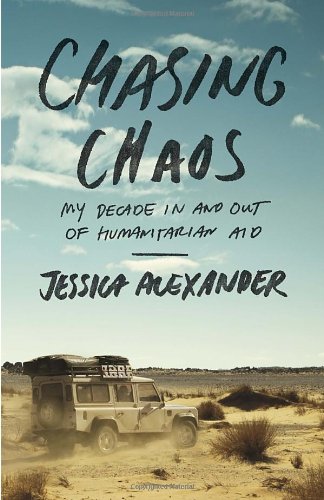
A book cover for Chasing Chaos: My Decade In and Out of Humanitarian Aid; Jessica Alexander; Law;